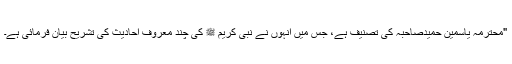
"محترمہ یاسمین حمیدصاحبہ کی تصنیف ہے، جس میں انہوں نے نبی کریم ﷺ کی چند معروف احادیث کی تشریح بیان فرمائی ہے۔